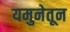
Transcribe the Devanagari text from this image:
यमुनेतून